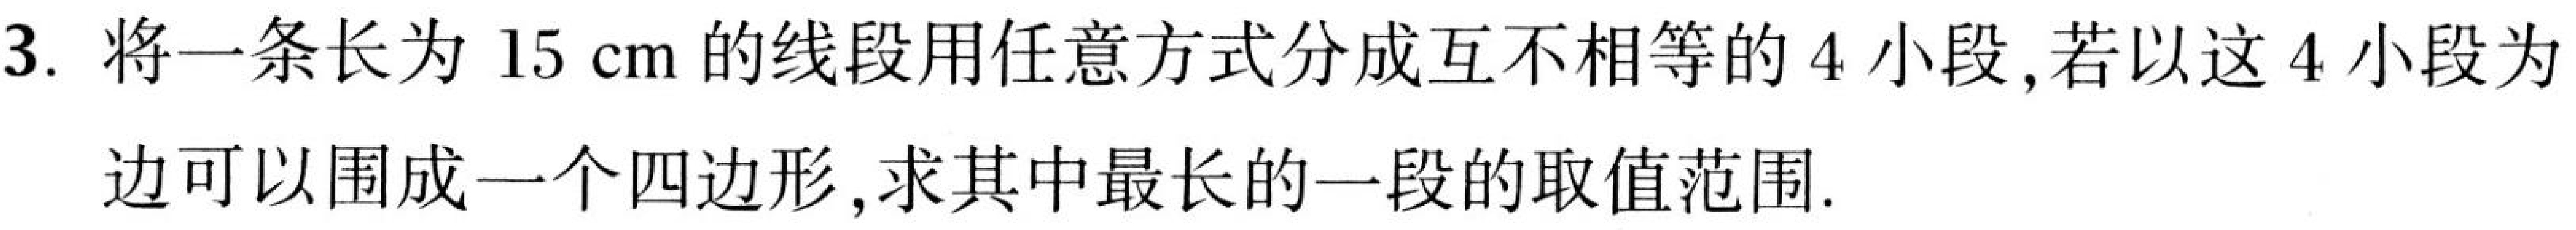
3. 将一条长为\(15\mathrm{cm}\)的线段用任意方式分成互不相等的\(4\)小段,若以这\(4\)小段为
边可以围成一个四边形,求其中最长的一段的取值范围.